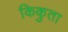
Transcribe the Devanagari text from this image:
किकुता